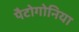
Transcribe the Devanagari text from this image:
पैटोगोनिया